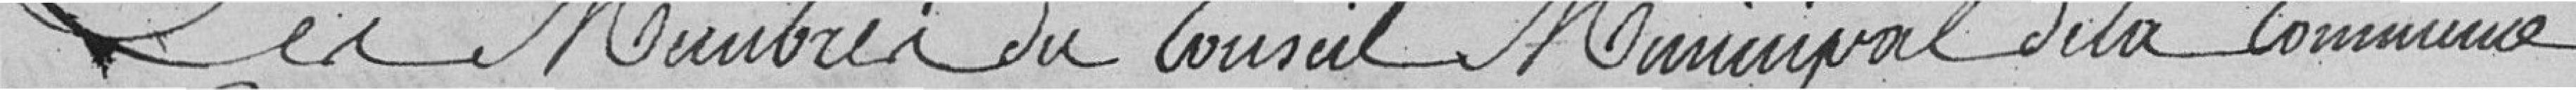
Les membres du conseil municipal de la commune